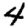
Digit: 4